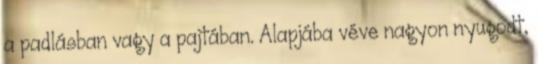
a padlásban vagy a pajtában. Alapjába véve nagyon nyugodt,